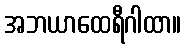
အဘယာထေရီဂါထာ။